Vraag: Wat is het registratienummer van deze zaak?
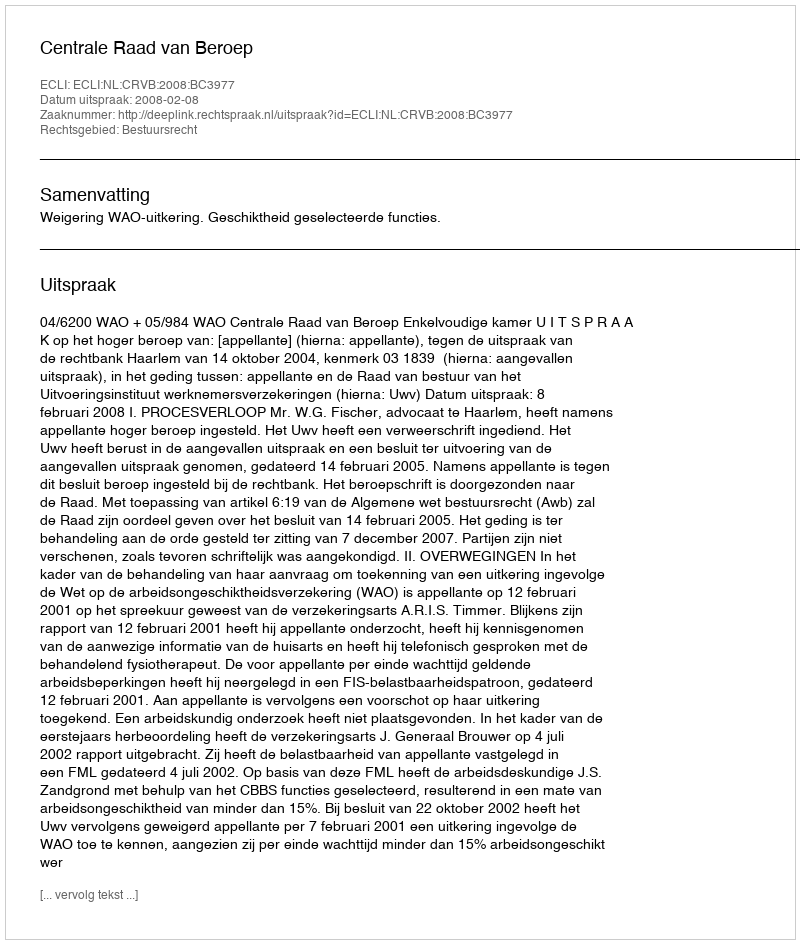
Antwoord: http://deeplink.rechtspraak.nl/uitspraak?id=ECLI:NL:CRVB:2008:BC3977